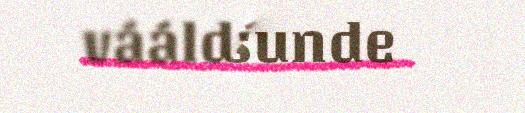
vááldáh sunde